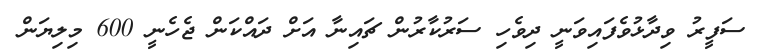
ސަފީރު ވިދާޅުވެފައިވަނީ ދިވެހި ސަރުކާރުން ޗައިނާ އަށް ދައްކަން ޖެހެނީ 600 މިލިޔަން